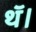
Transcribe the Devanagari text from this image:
थॅ।